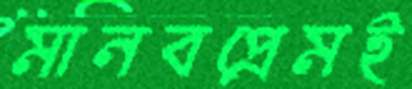
মানবপ্রেমই